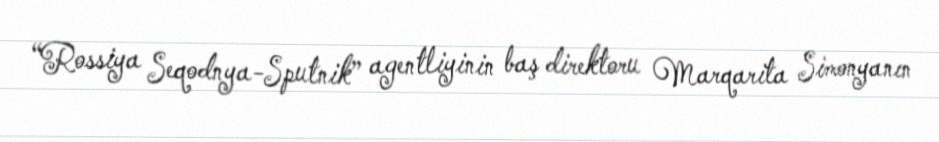
“Rossiya Seqodnya-Sputnik” agentliyinin baş direktoru Marqarita Simonyanın